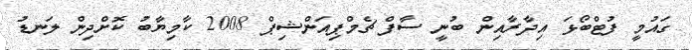
ގައުމީ ފުޓްބޯޅަ އިދާރާއިން ބުނީ ސާފް ޗެމްޕިއަންޝިޕް 2008 ކާމިޔާބު ކޮށްދިން ލަނޑު